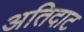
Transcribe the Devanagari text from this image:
अतिदाट